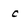
Character: c